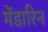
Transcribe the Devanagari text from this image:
मेंडारिन